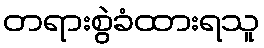
တရားစွဲခံထားရသူ